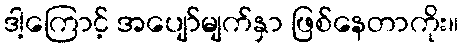
ဒါ့ကြောင့် အပျော်မျက်နှာ ဖြစ်နေတာကိုး။